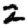
Digit: 2